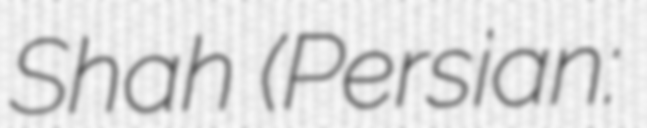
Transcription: Shah (Persian: ابو